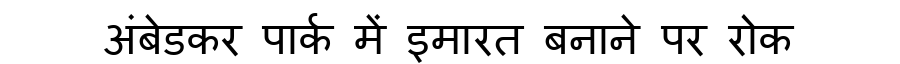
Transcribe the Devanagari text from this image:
अंबेडकर पार्क में इमारत बनाने पर रोक